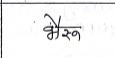
मजकूर: भैरु